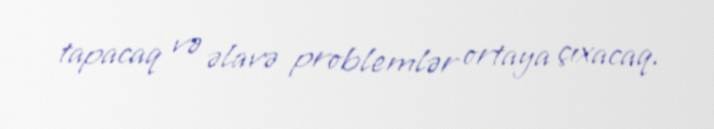
tapacaq və əlavə problemlər ortaya çıxacaq.